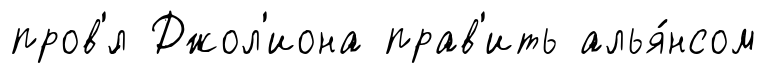
пров'́л Джол'иона прав'ить алья́нсом